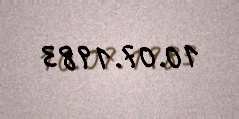
10.07.1983